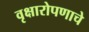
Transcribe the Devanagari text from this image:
वृक्षारोपणाचे